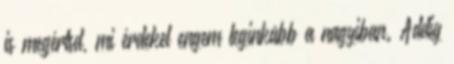
is megértsd, mi érdekel engem leginkább a nagyiban. Addig